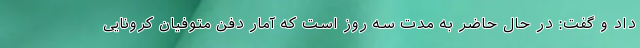
داد و گفت: در حال حاضر به مدت سه روز است که آمار دفن متوفیان کرونایی